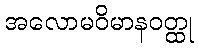
အလောမဝိမာနဝတ္ထု